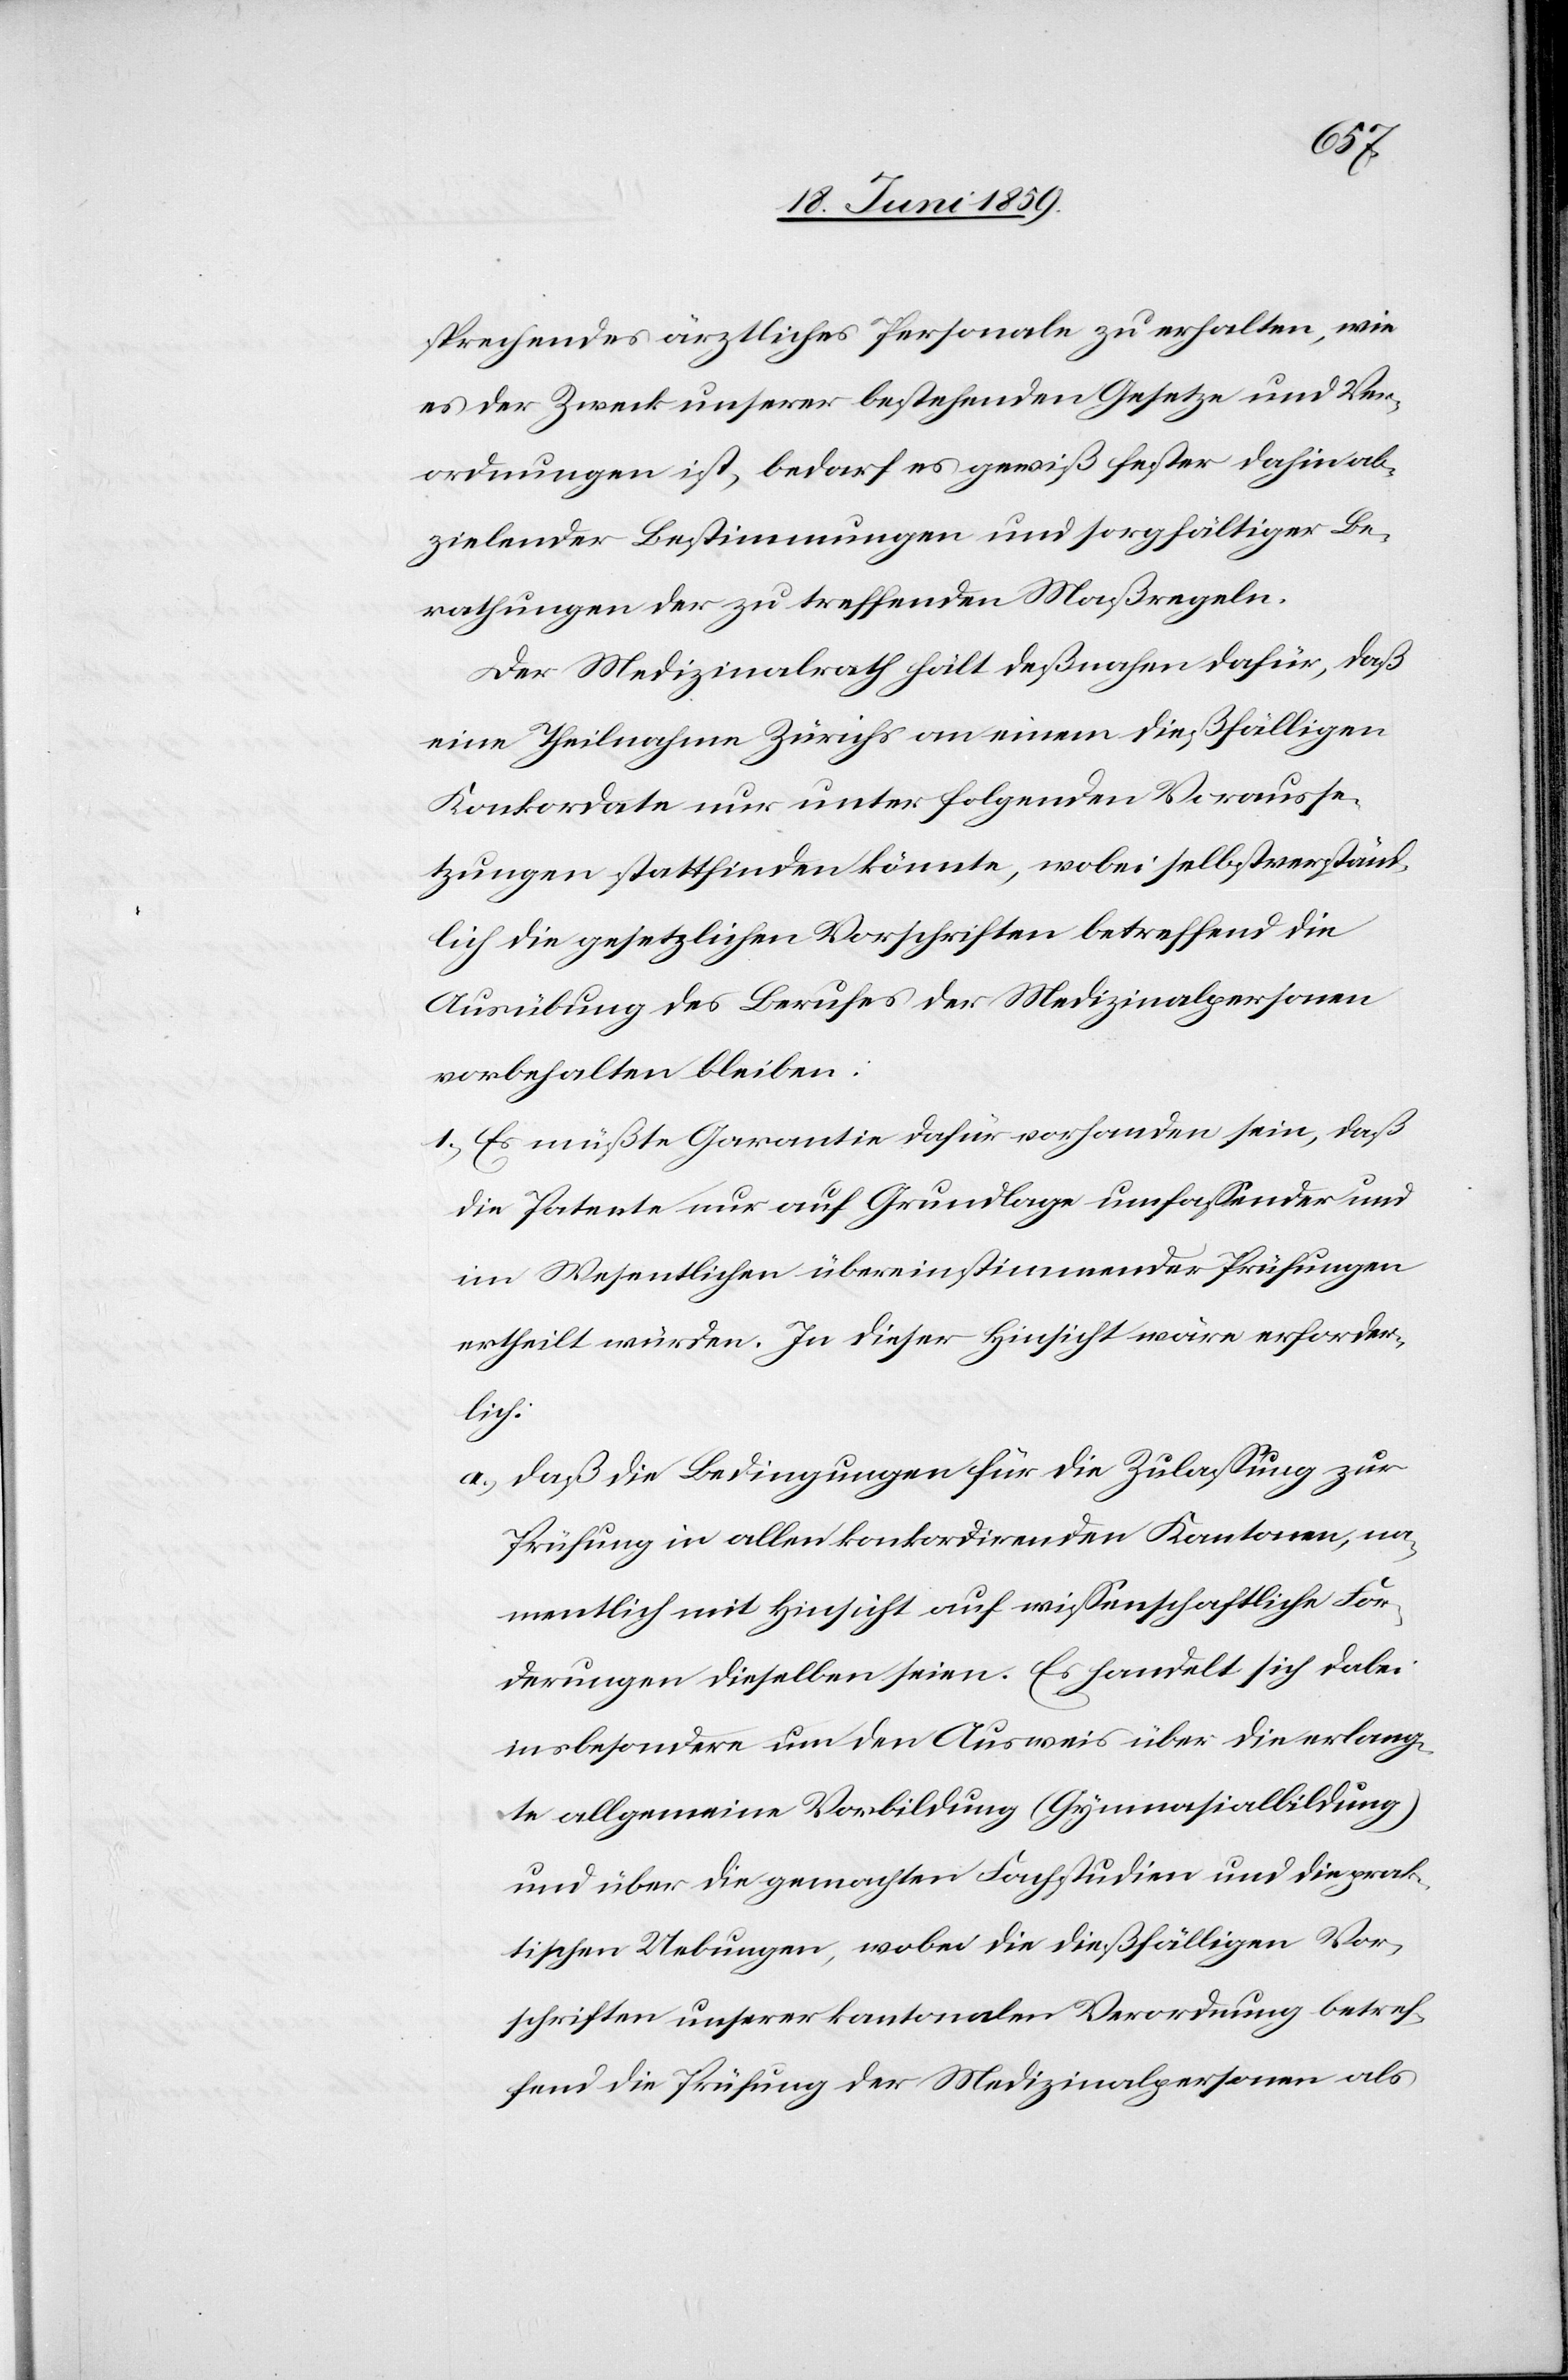
sprechendes ärztliches Personale zu erhalten, wie
es der Zweck unserer bestehenden Gesetze und Ver¬
ordnungen ist, bedarf es gewiß fester dahin ab¬
zielender Bestimmungen und sorgfältiger Be¬
rathungen der zu treffenden Maßregeln.
Der Medizinalrath hält deßnahen dafür, daß
eine Theilnahme Zürichs an einem dießfälligen
Konkordate nur unter folgenden Vorausse¬
tzungen stattfinden könnte, wobei selbstverständ¬
lich die gesetzlichen Vorschriften betreffend die
Ausübung des Berufes der Medizinalpersonen
vorbehalten bleiben:
1) Es müßte Garantie dafür vorhanden sein, daß
die Patente nur auf Grundlage umfassender und
im Wesentlichen übereinstimmender Prüfungen
ertheilt würden. In dieser Hinsicht wäre erforder¬
lich:
a) Daß die Bedingungen für die Zulassung zur
Prüfung in allen konkordirenden Kantonen, na¬
mentlich mit Hinsicht auf wissenschaftliche For¬
derungen dieselben seien. Es handelt sich dabei
insbesondere um den Ausweis über die erlang¬
te allgemeine Vorbildung (Gymnasialbildung)
und über die gemachten Fachstudien und die prak¬
tischen Uebungen, wobei die dießfälligen Vor¬
schriften unserer kantonalen Verordnung betref¬
fend die Prüfung der Medizinalpersonen als